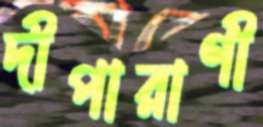
দীপারাণী